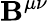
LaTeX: \mathbf{B}^{\mu\nu}